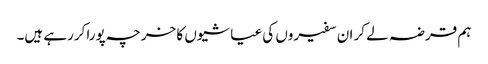
ہم قرضہ لے کر ان سفیروں کی عیاشیوں کا خرچہ پورا کررہے ہیں۔